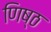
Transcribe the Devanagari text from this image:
णिष्ठ